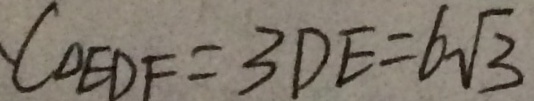
C _ { \Delta E D F } = 3 D E = 6 \sqrt { 3 }